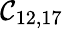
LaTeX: \mathcal{C}_{12,17}